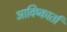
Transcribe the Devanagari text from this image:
आविष्कार्ता